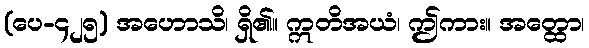
(ပေ-၄၂၅) အဟောသိ၊ ရှိ၏။ ဣတိအယံ၊ ဤကား။ အတ္ထော၊